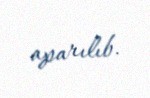
aparılıb.